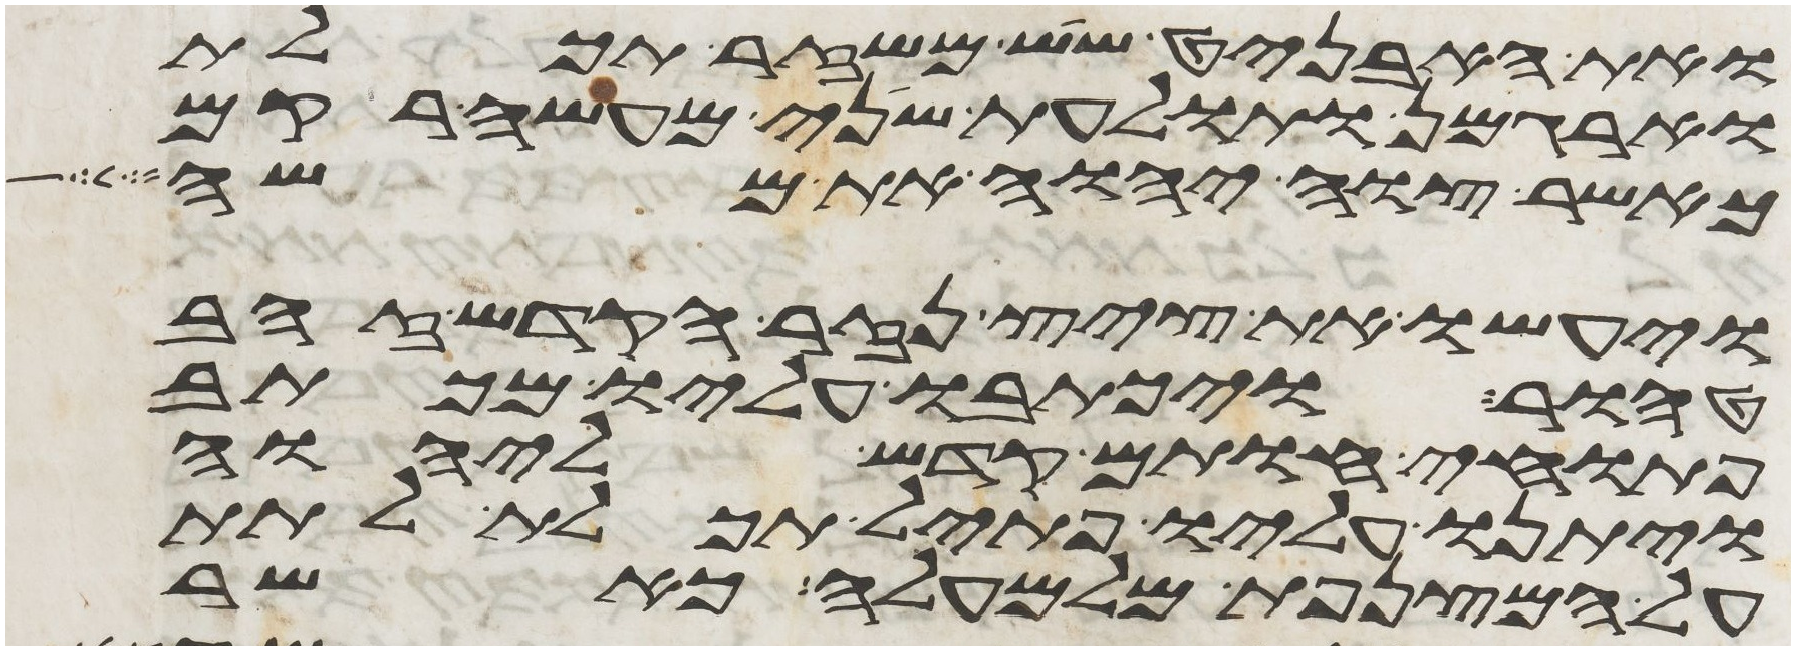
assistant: ואת האבניט שש משזר תכלת
וארגמן ותולעת שני מעשה רקם
כאשר צוה יהוה את משה
ויעשו את ציץ נזר הקדש זהב
טהור ויכתבו עליו מכתב
פתוחי חותם קדש ליהוה
ויתנו עליו פתיל תכלת לתת
על המצנפת מלמעלה כאשר